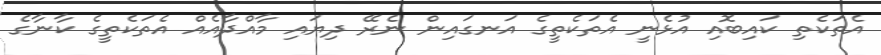
އެތަކެތި ކައިބޮއި އުޅެނީ އެތަކެތީގެ އަނގައިން ނެރޭ ދިޔައި މާއްދާއެއް އެތަކެތީގެ ކާނާގެ